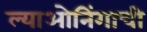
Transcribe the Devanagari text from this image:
ल्याओनिंगाची